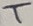
Text: T